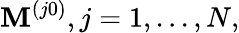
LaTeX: \mathbf{M}^{(j0)},j=1,...,N,